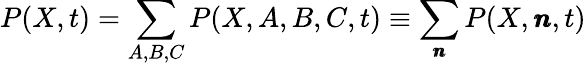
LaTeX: P(X,t)=\sum_{A,B,C}P(X,A,B,C,t)\equiv\sum_{\pmb{n}}P(X,\pmb{n},t)